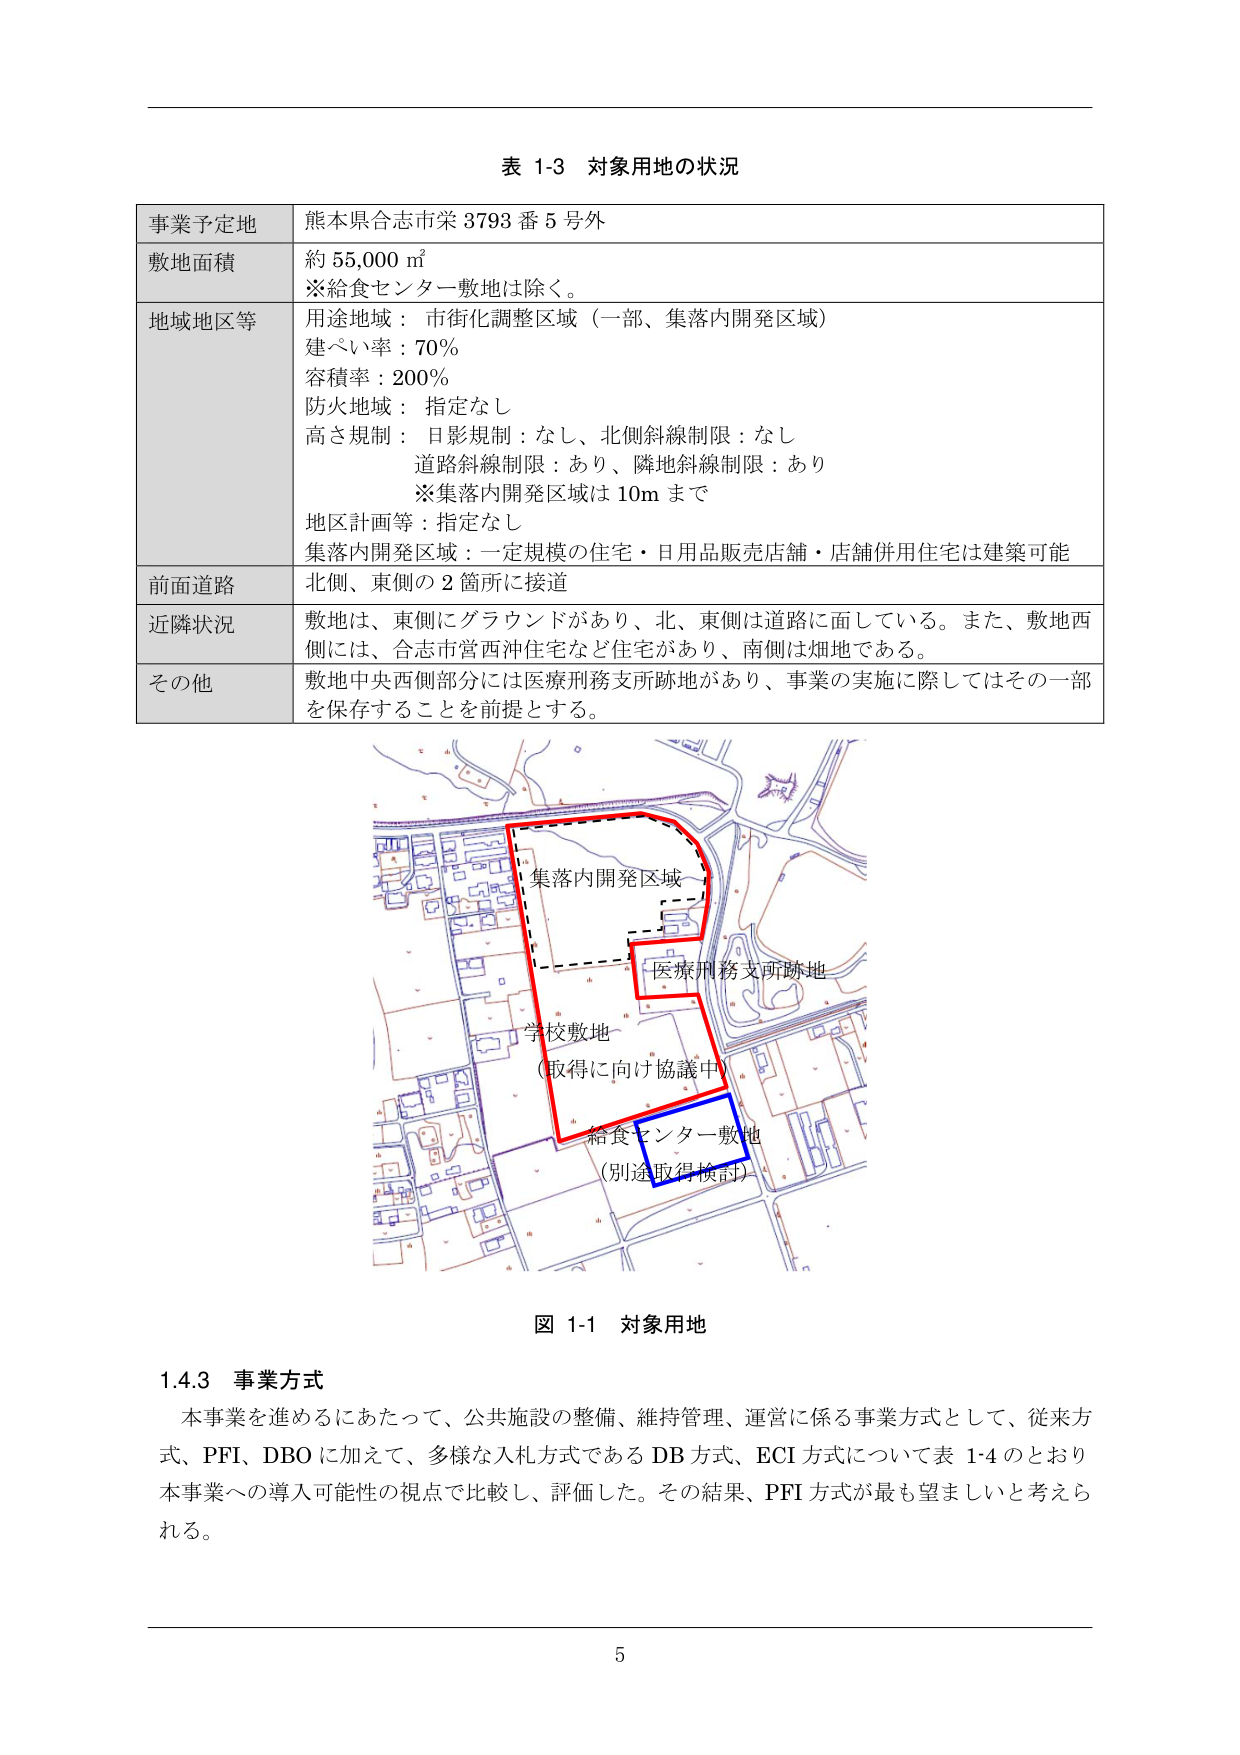
表 1-3 対象用地の状況

事業予定地 熊本県合志市栄 3793 番 5 号外
敷地面積 約 55,000 ㎡
※給食センター敷地は除く。
地域地区等 用途地域：市街化調整区域（一部、集落内開発区域）
建ぺい率：70%
容積率：200%
防火地域：指定なし
高さ規制：日影規制：なし、北側斜線制限：なし
道路斜線制限：あり、隣地斜線制限：あり
※集落内開発区域は 10m まで
地区計画等：指定なし
集落内開発区域：一定規模の住宅・日用品販売店舗・店舗併用住宅は建築可能
前面道路 北側、東側の 2 箇所に接道
近隣状況 敷地は、東側にグラウンドがあり、北、東側は道路に面している。また、敷地西側には、合志市営西沖住宅など住宅があり、南側は畑地である。
その他 敷地中央西側部分には医療刑務支所跡地があり、事業の実施に際してはその一部を保存することを前提とする。

図 1-1 対象用地

集落内開発区域
医療刑務支所跡地
学校敷地
（取得に向け協議中）
給食センター敷地
（別途取得検討）

1.4.3 事業方式
本事業を進めるにあたって、公共施設の整備、維持管理、運営に係る事業方式として、従来方式、PFI、DBO に加えて、多様な入札方式である DB 方式、ECI 方式について表 1-4 のとおり本事業への導入可能性の視点で比較し、評価した。その結果、PFI 方式が最も望ましいと考えられる。

5